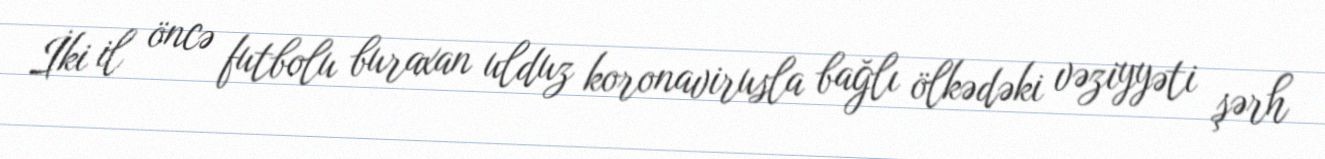
İki il öncə futbolu buraxan ulduz koronavirusla bağlı ölkədəki vəziyyəti şərh